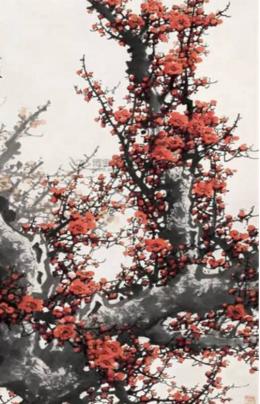
一涓春水点黄昏，便没顿相思处。